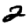
Digit: 2